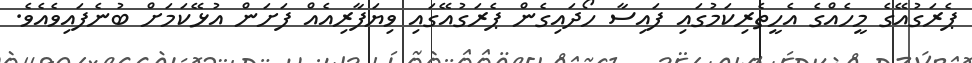
ޕެރަގުއޭގެ މީހެއްގެ އެހީތެރިކަމުގައި ފައިސާ ހޯދައިގެން ޕެރަގުއޭގައި ވިޔަފާރިއެއް ފަށަން އުޅޭކަމަށް ބުނެފައިވެއެވެ.